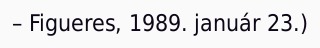
– Figueres, 1989. január 23.)